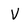
Character: v